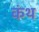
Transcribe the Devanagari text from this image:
कंथ